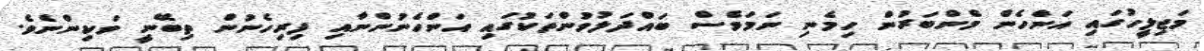
މަޖިލީހުގައި އަންހެން މެންބަރުން ހިމެނި ނަމަވެސް ބައްދަލުވުންތަކުގައި އަންހެނުންނާއި ފިރިހެނުން ތިބޭނީ ވަކިންނެވެ.